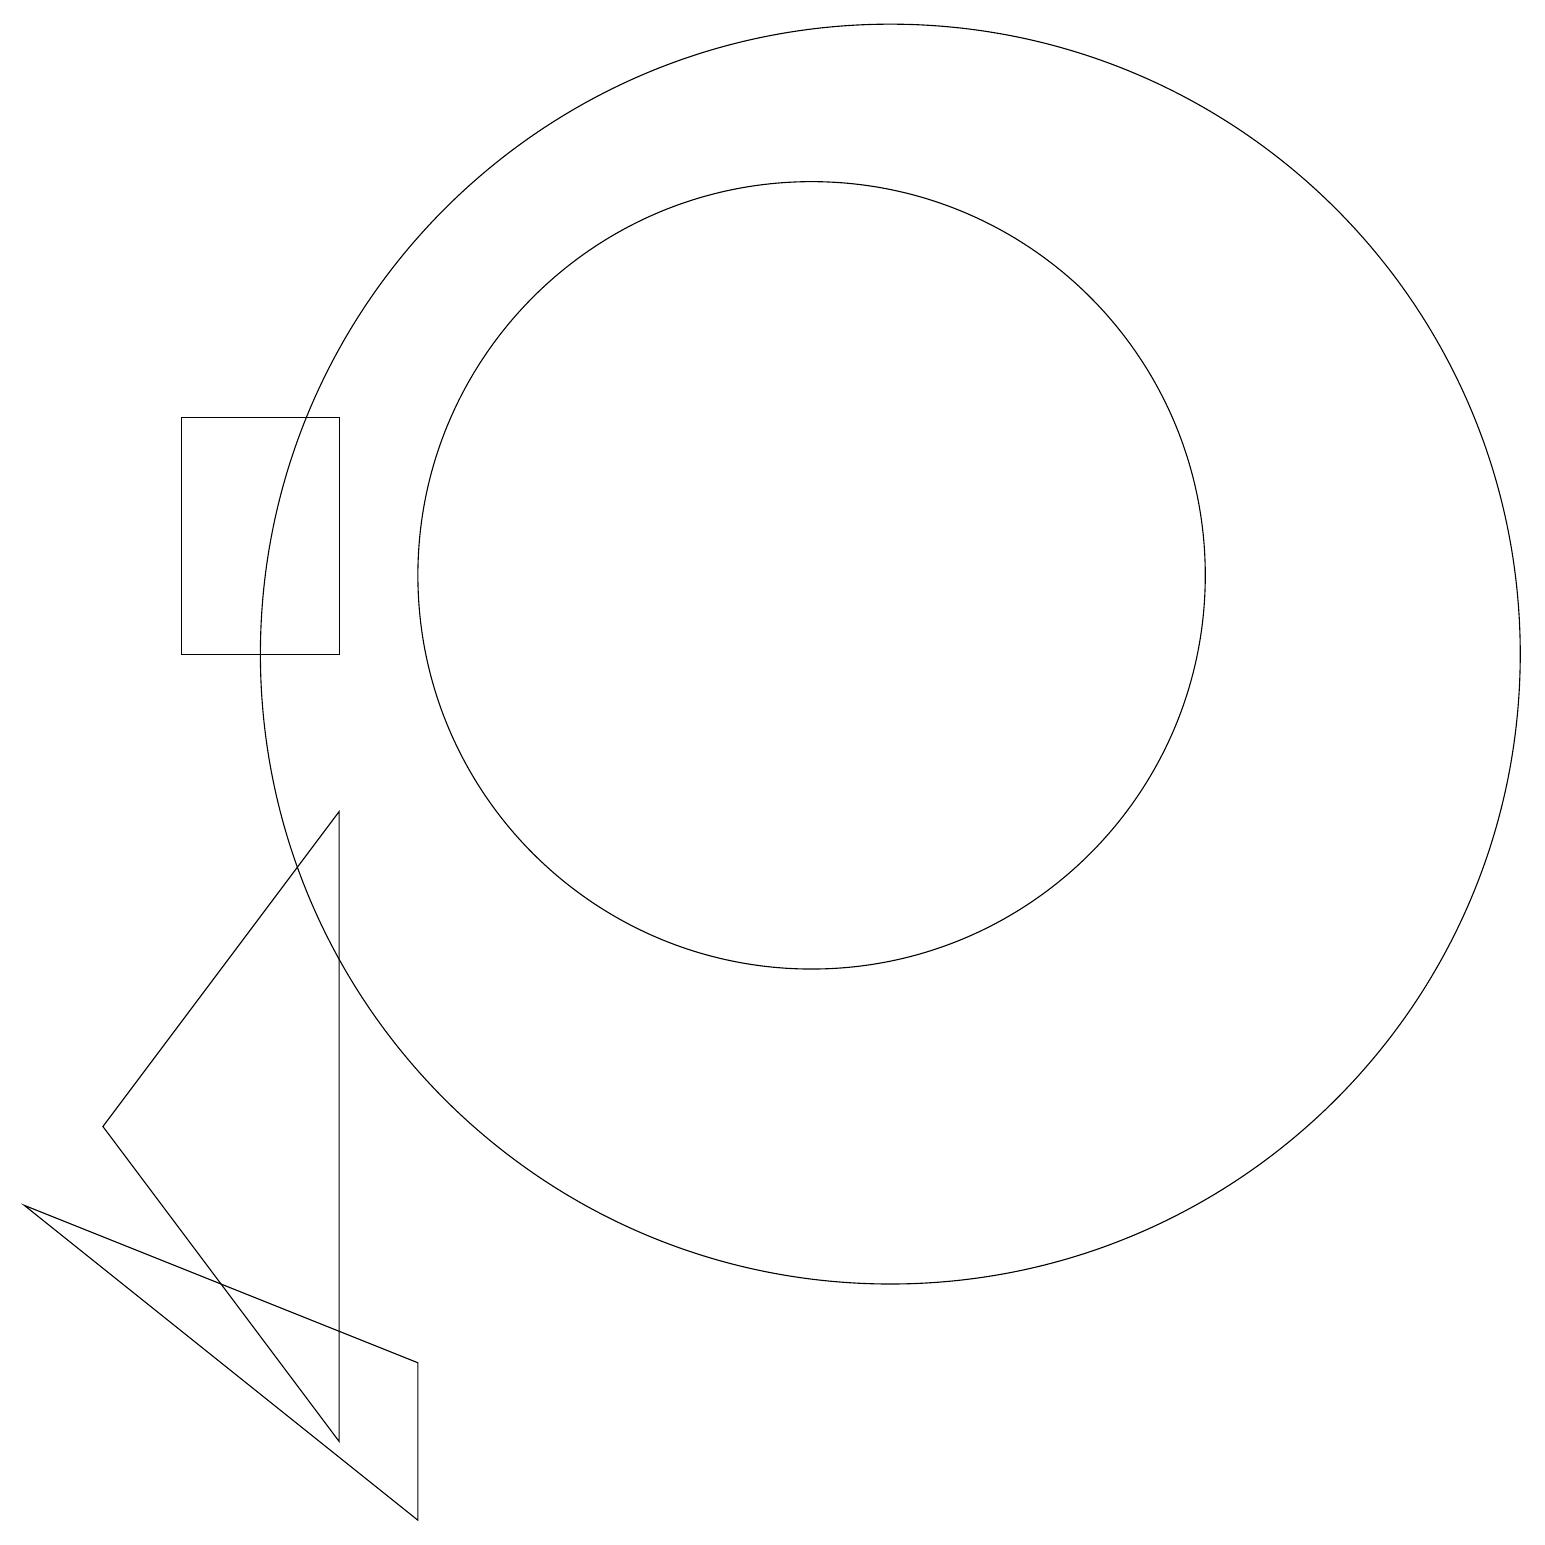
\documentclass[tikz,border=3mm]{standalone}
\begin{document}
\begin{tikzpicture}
\draw (10,12) circle (5);
\draw (5,0) -- (5,2) -- (0,4) -- cycle;
\draw (4,1) -- (1,5) -- (4,9) -- cycle;
\draw (2,14) rectangle (4,11);
\draw (11,11) circle (8);
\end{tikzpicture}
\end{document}